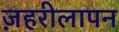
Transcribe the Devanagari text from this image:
ज़हरीलापन